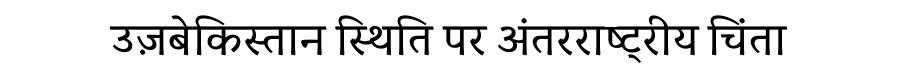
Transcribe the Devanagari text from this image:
उज़बेकिस्तान स्थिति पर अंतरराष्ट्रीय चिंता